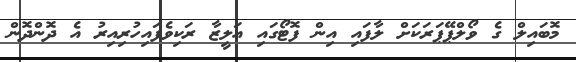
މޮބައިލް ގެ ވޯލްޕޭޕަރަކަށް ލާފައި އިން ފޮޓޯގައި އަލީޒާ ރަކިވެފައިހުރިއިރު އެ ދޮންދޮން